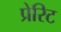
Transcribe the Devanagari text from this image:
प्रेरिट